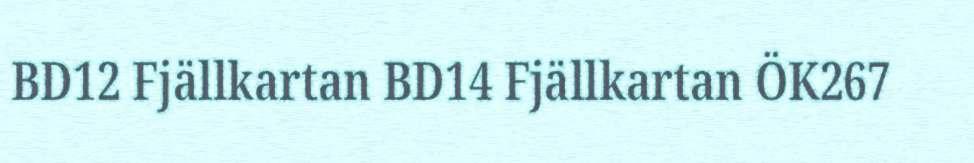
BD12 Fjällkartan BD14 Fjällkartan ÖK267